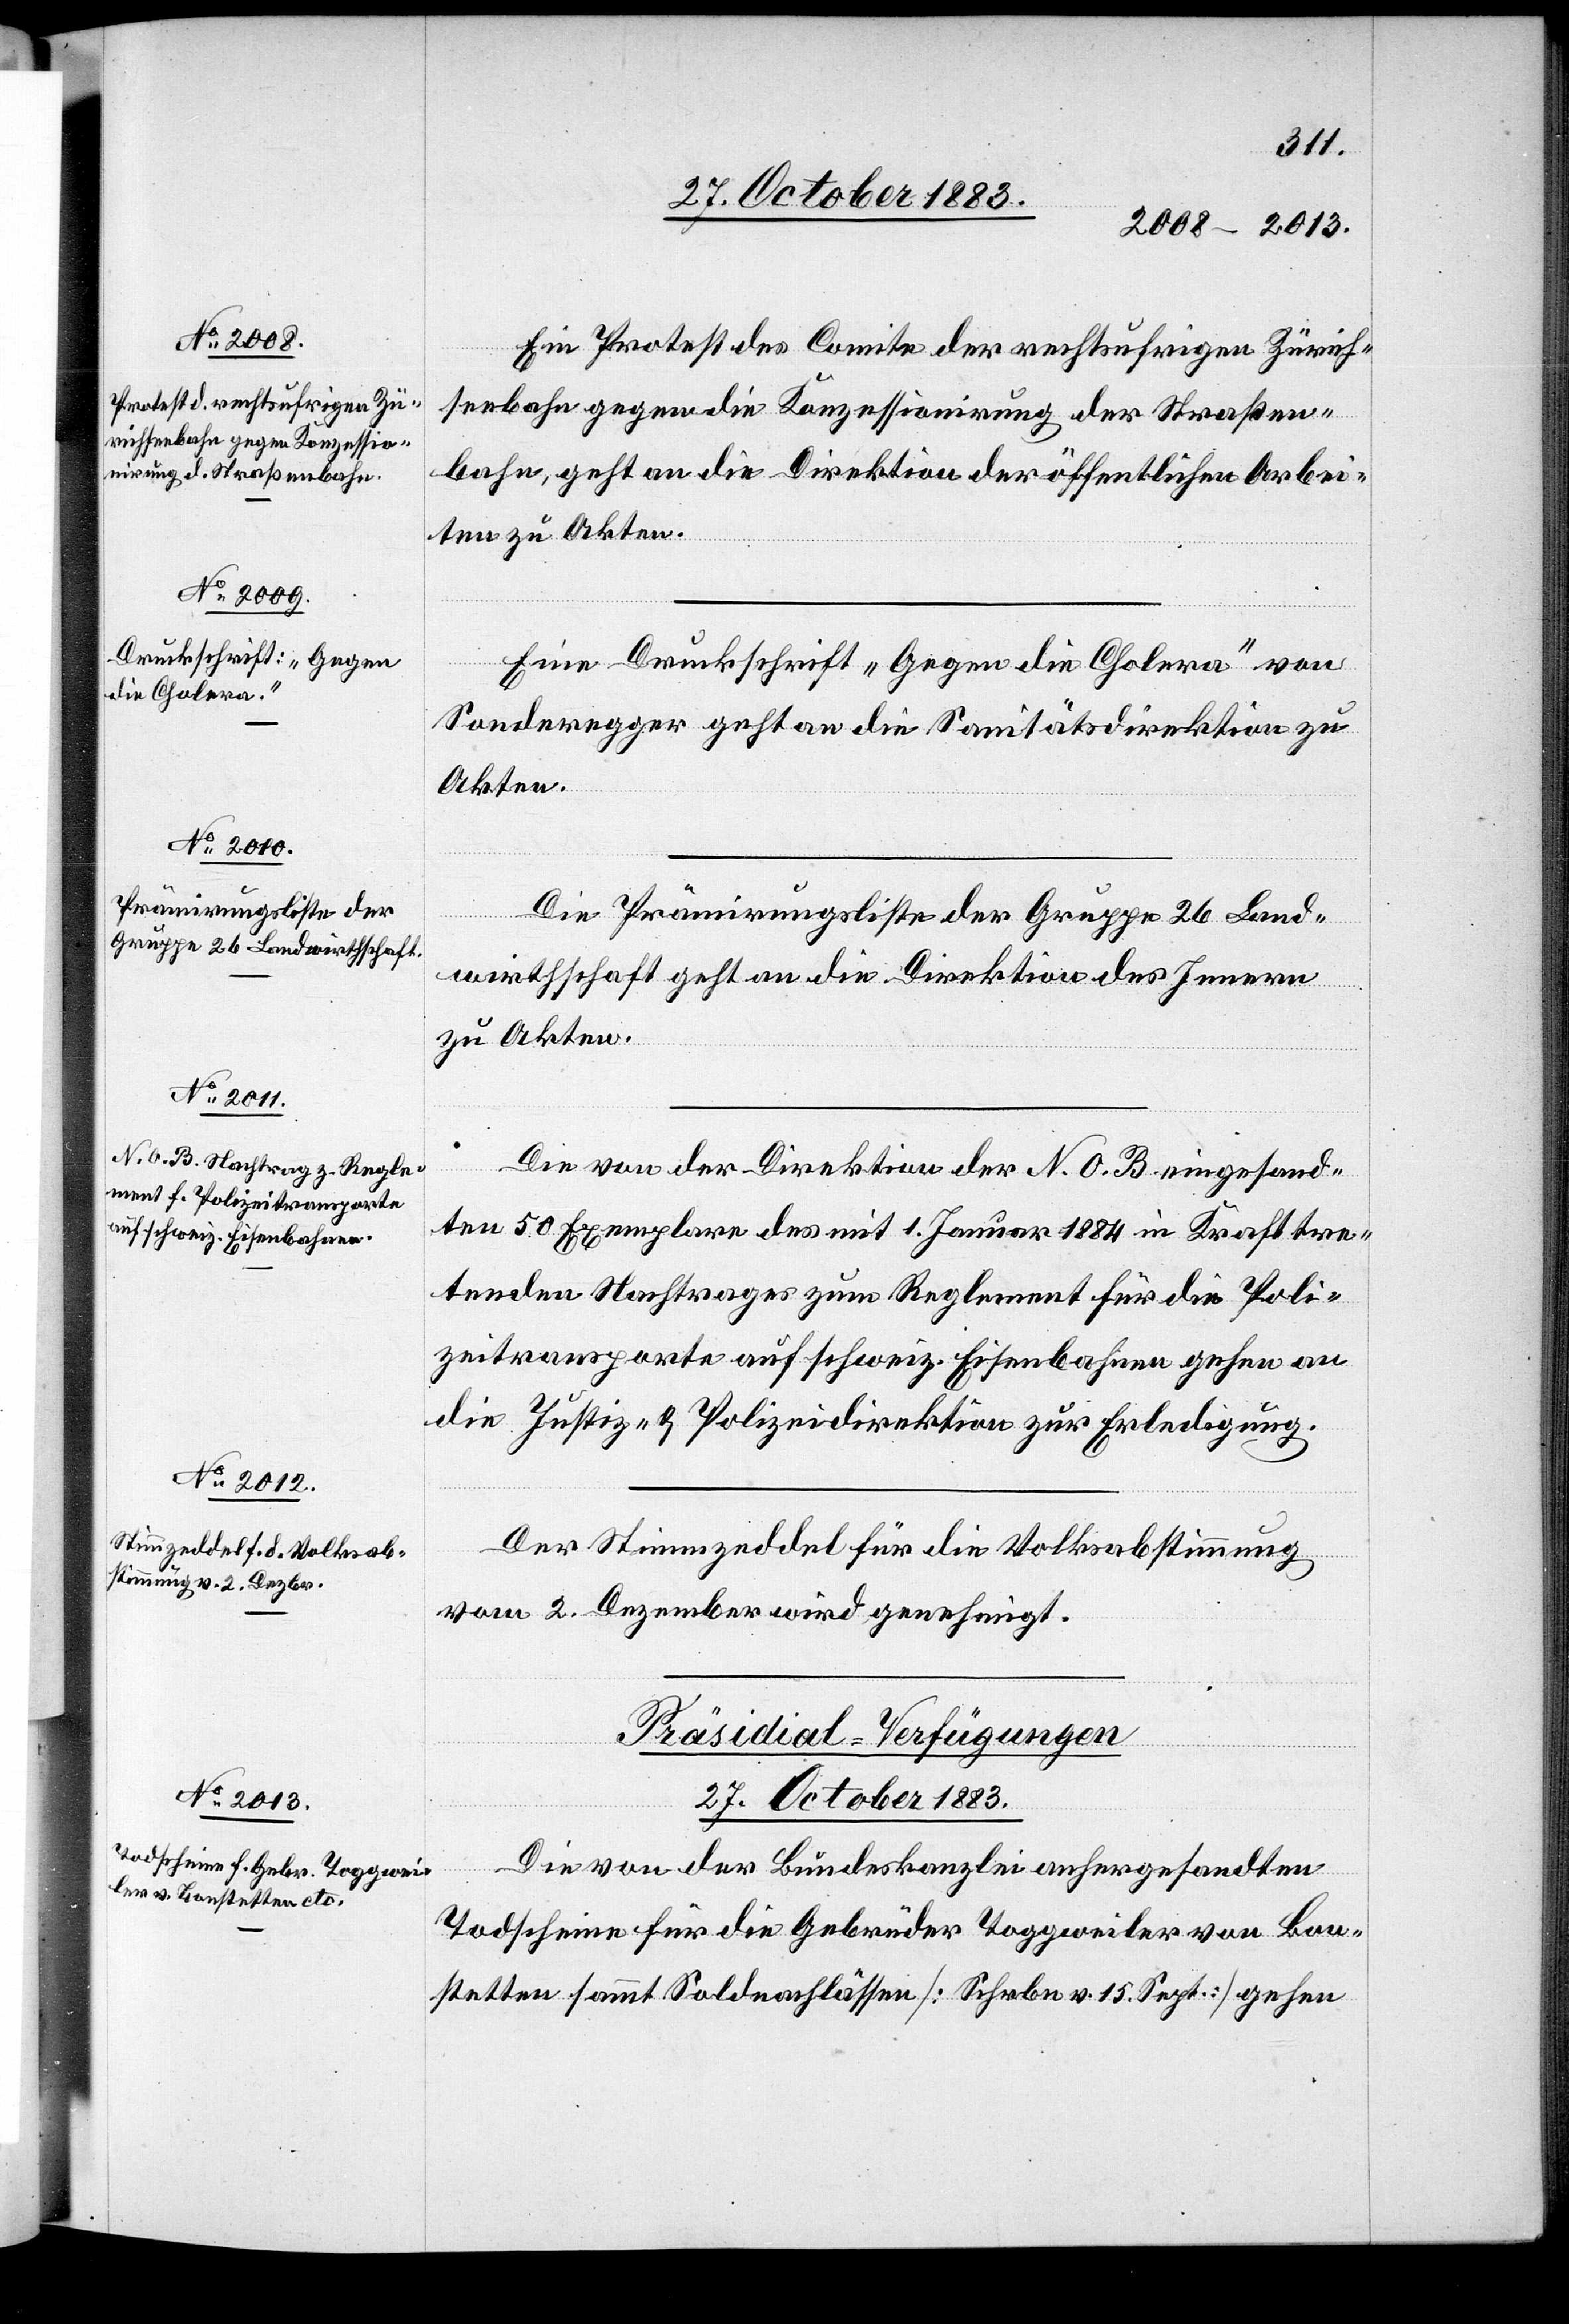
27. October 1883.
Ein Protest des Comite der rechtsufrigen Zürich¬
seebahn gegen die Konzessionirung der Straßen¬
bahn, geht an die Direktion der öffentlichen Arbei¬
ten zu Akten.
Eine Druckschrift „Gegen die Cholera“ von
Sonderegger geht an die Sanitätsdirektion zu
Akten.
Die Prämirungsliste der Gruppe 26 Land¬
wirthschaft geht an die Direktion des Innern
zu Akten.
Die von der Direktion der N. O. B. eingesand¬
ten 50 Exemplare des mit 1. Januar 1884 in Kraft tre¬
tenden Nachtrages zum Reglement für die Poli¬
zeitransporte auf schweiz. Eisenbahnen gehen an
die Justiz- & Polizeidirektion zur Erledigung.
Der Stimmzeddel für die Volksabstimmung
vom 2. Dezember wird genehmigt.
Präsidial-Verfügungen
Die von der Bundeskanzlei anhergesandten
Todscheine für die Gebrüder Toggweiler von Bon¬
stetten sammt Soldnachlässen [Schrbn. v. 25. Sept.] gehen